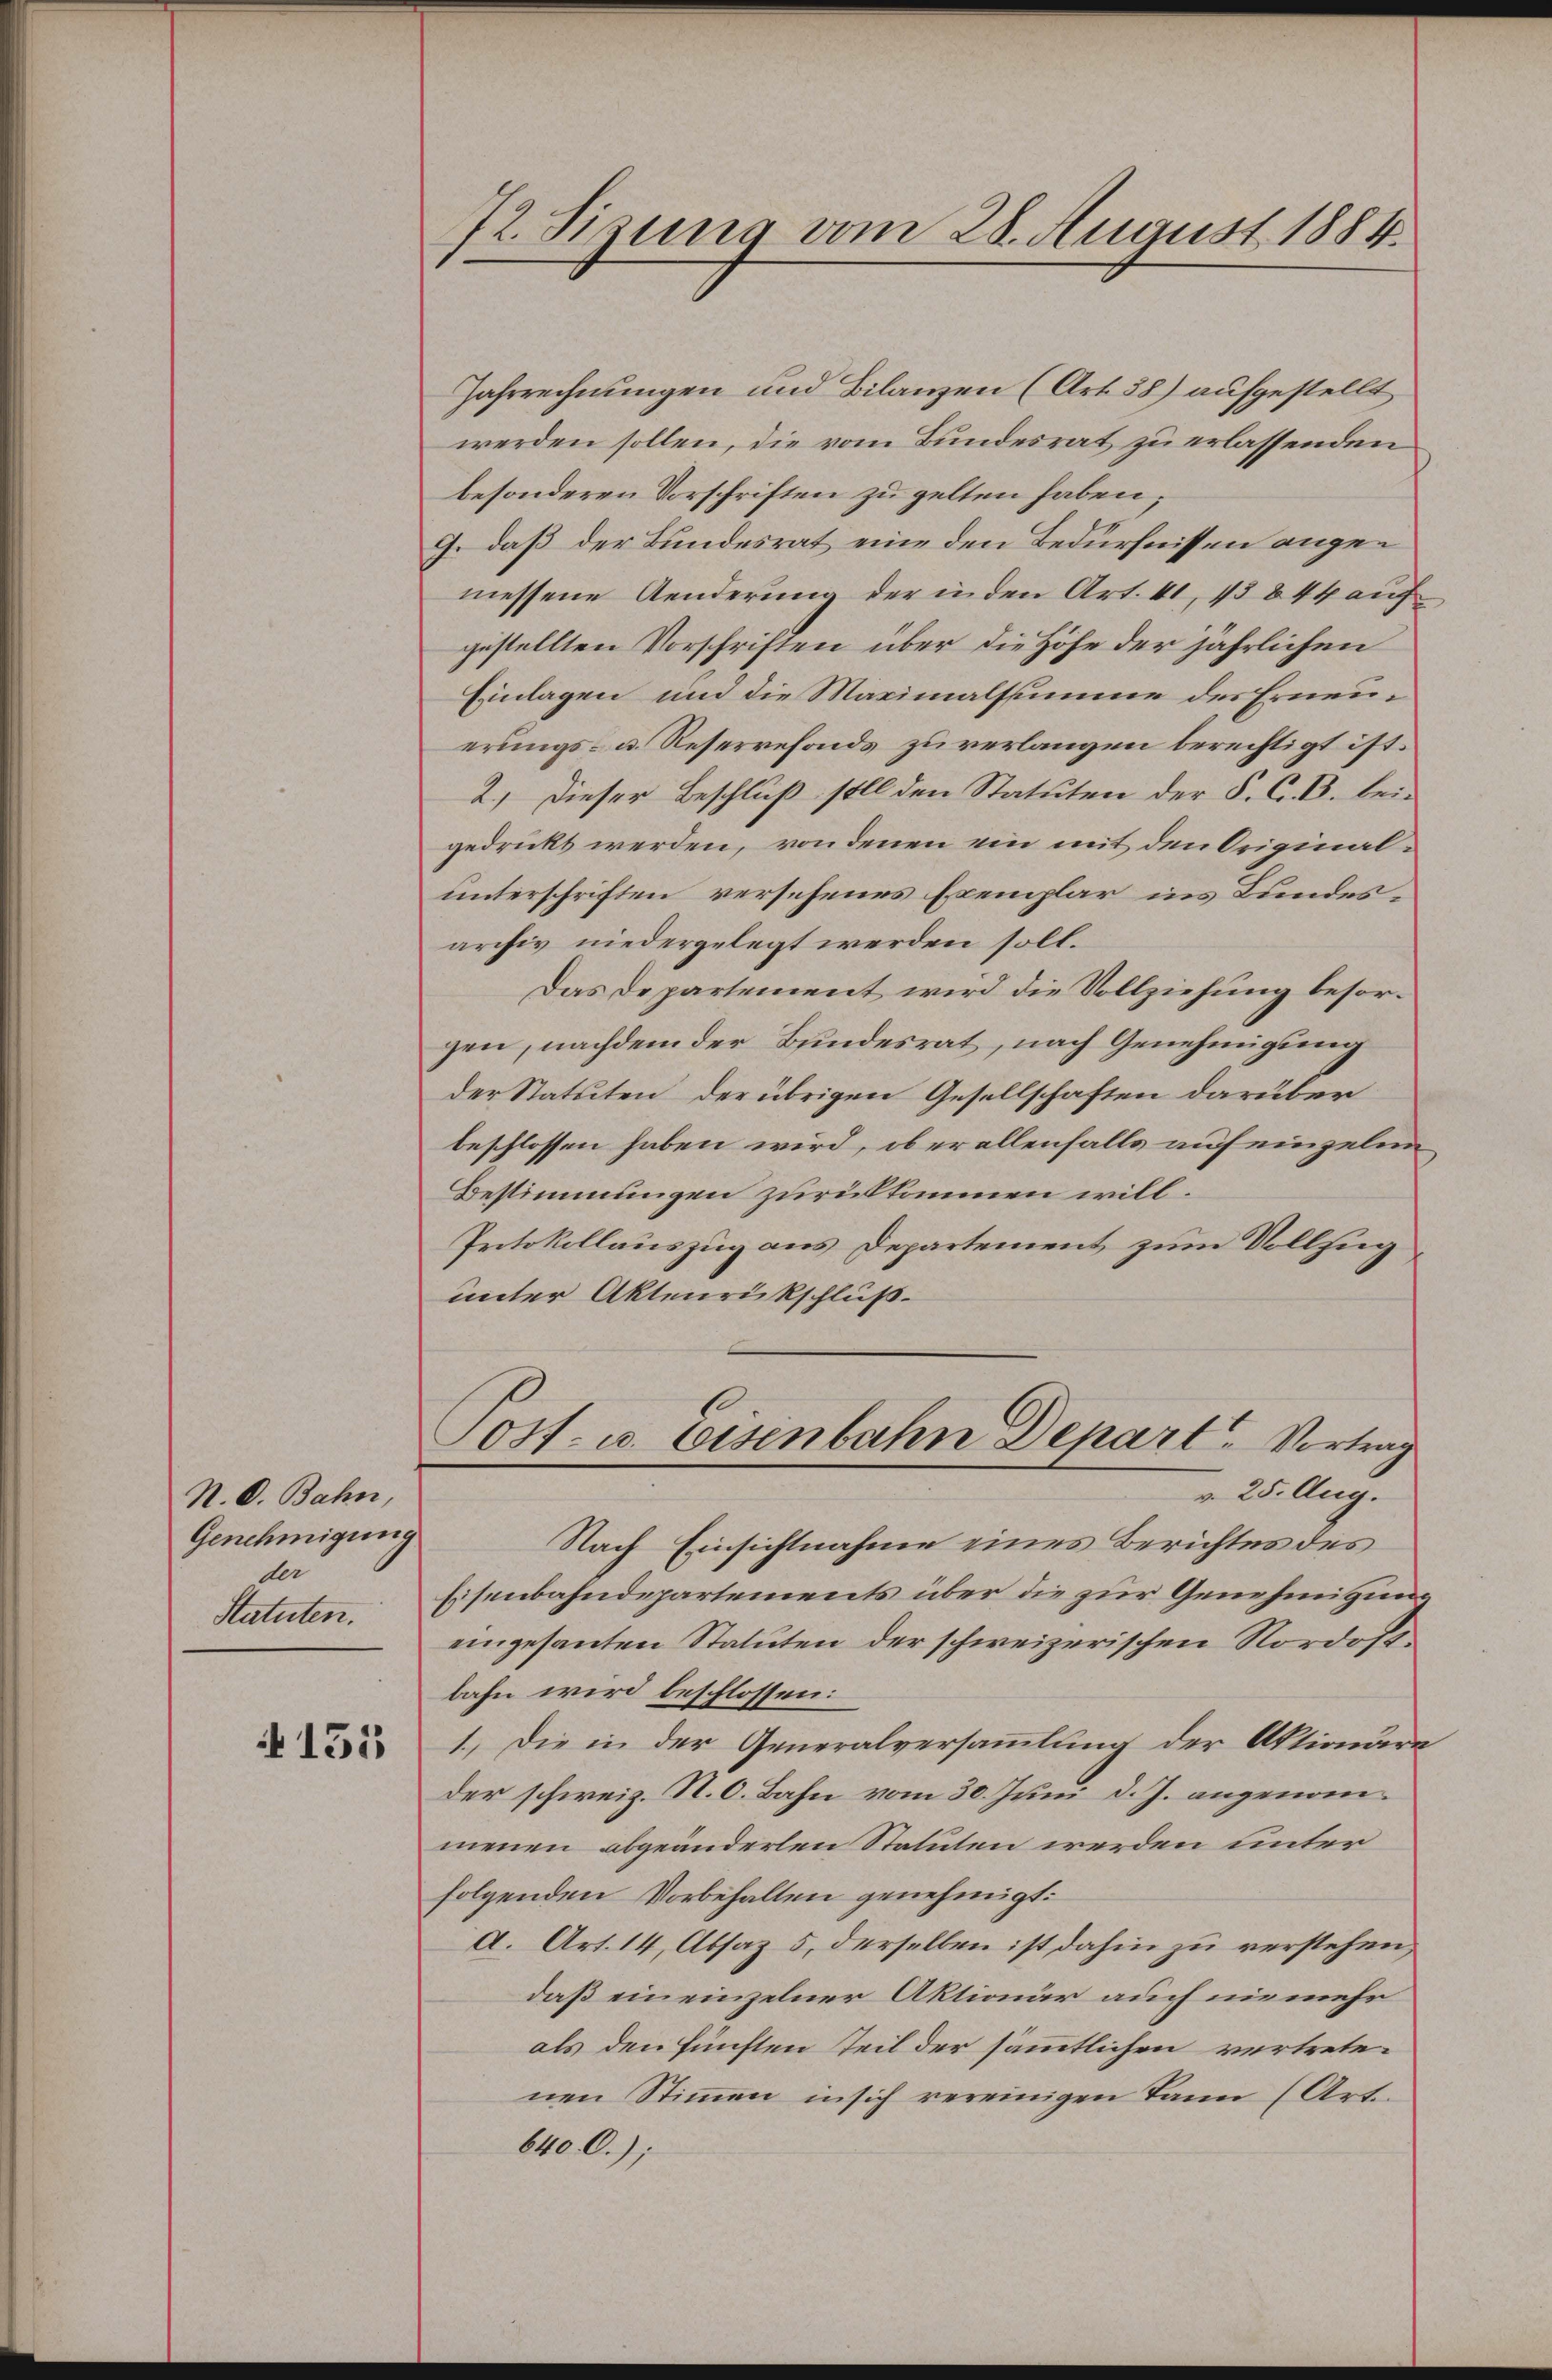
N. O. Bahn,
Genehmigung
der
Statuten.

135

72. Sizung vom 28. August 1884.

Jahrrechnungen und Bilanzen (Art. 38) aufgestellt
werden sollen, die vom Bundesrat zu erlassenden
besonderen Vorschriften zu gelten haben;
9. daß der Bundesrat eine den Bedürfnissen angemessene Aenderung der in den Art. 41, 13 844 auf
gestellten Vorschriften über die Höhe der jährlichen
Einlagen und die Maximalssumme des Erneuerungs- u. Reservefonds zuverlangen berechtigt ist.
2.) Dieser Beschluß soll den Statuten der S. C. B. beigedruckt werden, von denen ein mit den Originalunterschriften versehenes Exemplar ins Bundesarchiv niedergelegt werden soll.
Das Departement wird die Vollziehung besorgen, nachdem der Bundesrat, nach Genehmigung
der Statuten, der übrigen Gesellschaften darüber
beschlossen haben wird, ob er allenfalls auf einzelne¬
Bestimmungen zurückkommen will.
Protokollauszug aus Departement zum Vollzug
unter Aktenrückschluß.
04. u. Eisenbahn Depart. Vortrag
v. 25. Aug.
Nach Einsichtnahme eines Berichtes des
Eisenbahndepartements über die zur Genehmiguneingesanten Statuten der schweizerischen Nordost
bahn wird beschlossen:
1.) Die in der Generalversammlung der Aktionäre
der schweiz. N. O. Bahn vom 30. Juni d. J. angenommenen abgeänderlen Statuten werden unter
folgenden Vorbehalten genehmigt:
a. Art. 14, Absaz 5, derselben ist dahin zu verstehen,
daß ein einzelner Aktionär auch niemehr
als den fünften teil der sämmtlichen vertretenen Stimmen in sich vereinigen Dann (Art.
640. C.);